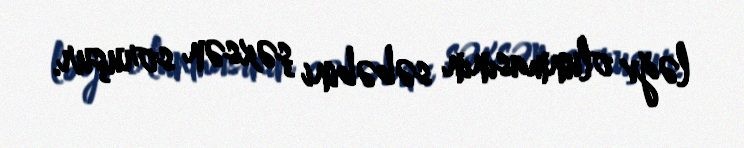
ləğv olunmasının səbəbini şəxsən soruşur.